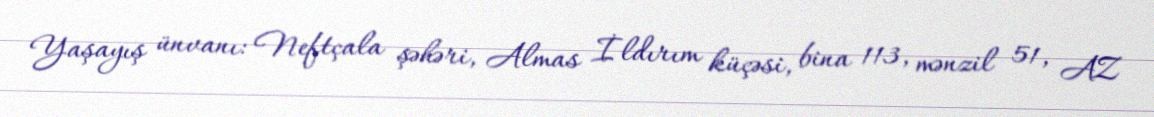
Yaşayış ünvanı: Neftçala şəhəri, Almas İldırım küçəsi, bina 113, mənzil 51, AZ